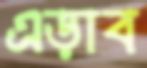
এড়াব